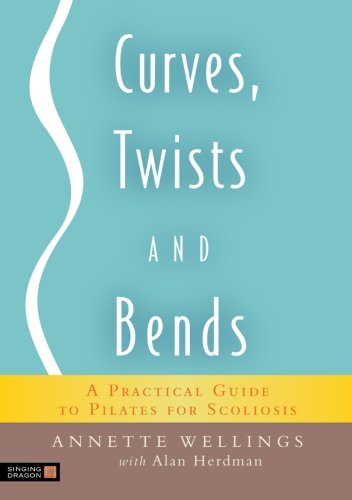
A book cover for Curves, Twists and Bends: A Practical Guide to Pilates for Scoliosis; Alan Herdman; Health, Fitness & Dieting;